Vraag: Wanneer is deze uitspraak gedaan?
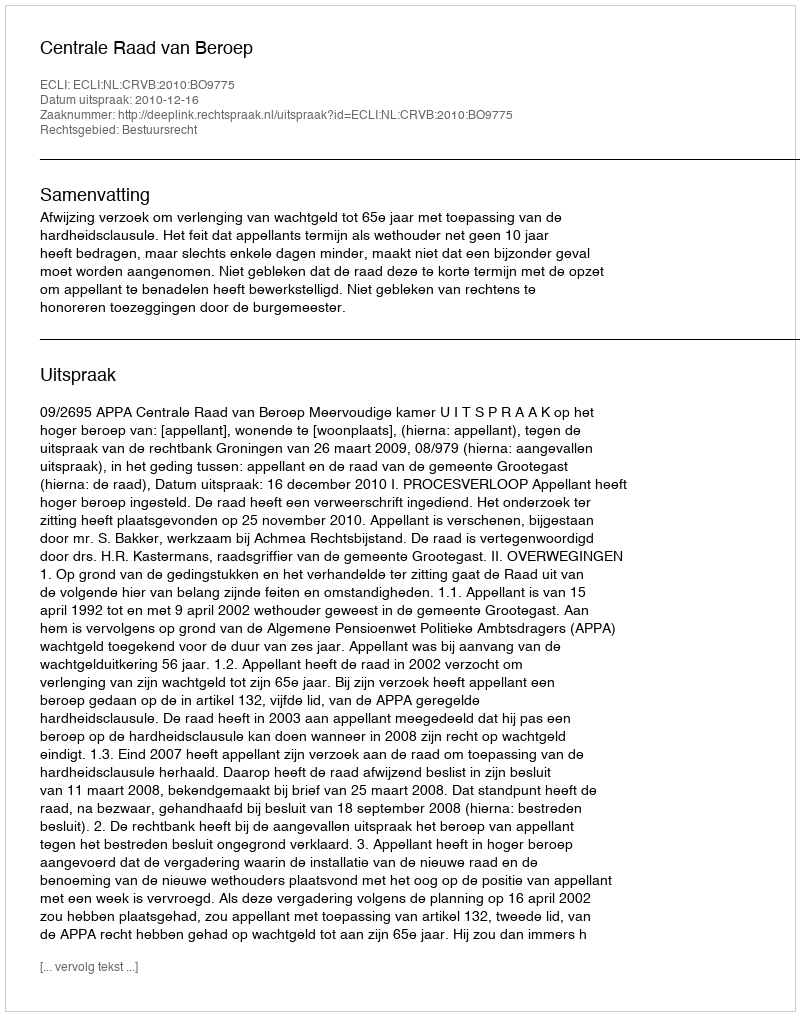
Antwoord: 2010-12-16